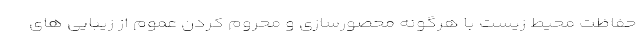
حفاظت محیط زیست با هرگونه محصورسازی و محروم کردن عموم از زیبایی های